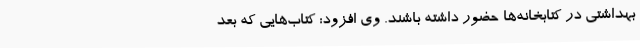
بهداشتی در کتابخانه‌ها حضور داشته باشند. وی افزود: کتاب‌هایی که بعد